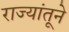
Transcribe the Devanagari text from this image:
राज्यांतूने